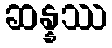
ဆန္နဿ